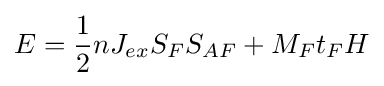
E={\frac {1}{2}}nJ_{ex}S_{F}S_{AF}+M_{F}t_{F}H